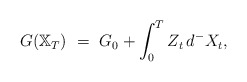
\begin{align*}G(\mathbb X_T) \ = \ G_0 + \int_0^T Z_t \, d^- X_t,\end{align*}